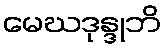
မေဃဒုန္ဒုဘိ